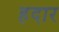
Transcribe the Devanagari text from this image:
हदार